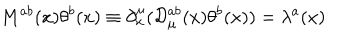
LaTeX: M ^ { a b } ( x ) \theta ^ { b } ( x ) \equiv \partial _ { x } ^ { \mu } ( { \cal D } _ { \mu } ^ { a b } ( x ) \theta ^ { b } ( x ) ) = \lambda ^ { a } ( x )